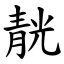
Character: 靗